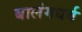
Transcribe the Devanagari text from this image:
बालंगधर्व